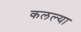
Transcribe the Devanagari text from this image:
कलल्या